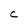
Character: C